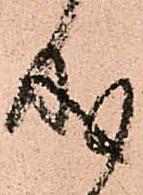
成